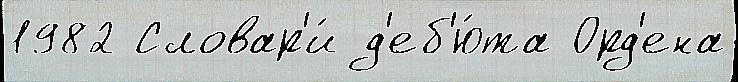
1982 Словар'и́ д'еб'ю́та Орд'ена